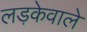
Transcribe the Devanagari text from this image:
लड़केवाले